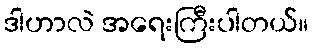
ဒါဟာလဲ အရေးကြီးပါတယ်။